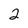
Character: 2